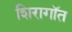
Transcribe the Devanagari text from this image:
शिरागॉत